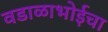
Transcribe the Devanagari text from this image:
वडाळाभोईचा